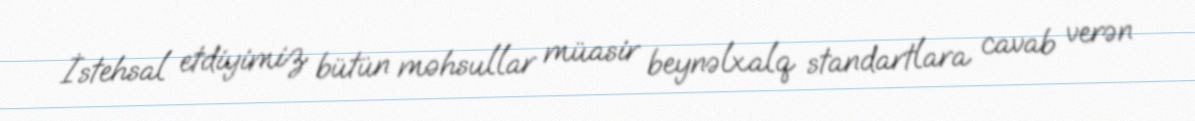
İstehsal etdiyimiz bütün məhsullar müasir beynəlxalq standartlara cavab verən